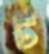
টি